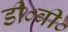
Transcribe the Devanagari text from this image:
डी०वी०